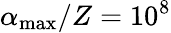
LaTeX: \alpha_{\mathrm{max}}/Z=10^{8}